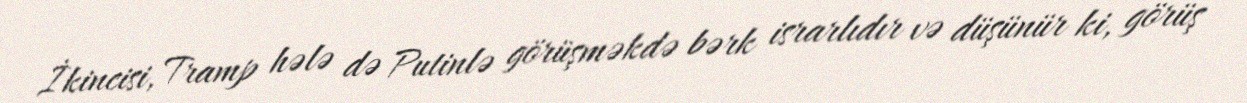
İkincisi, Tramp hələ də Putinlə görüşməkdə bərk israrlıdır və düşünür ki, görüş